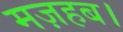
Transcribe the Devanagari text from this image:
मज़हब।